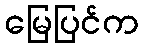
မြေပြင်က